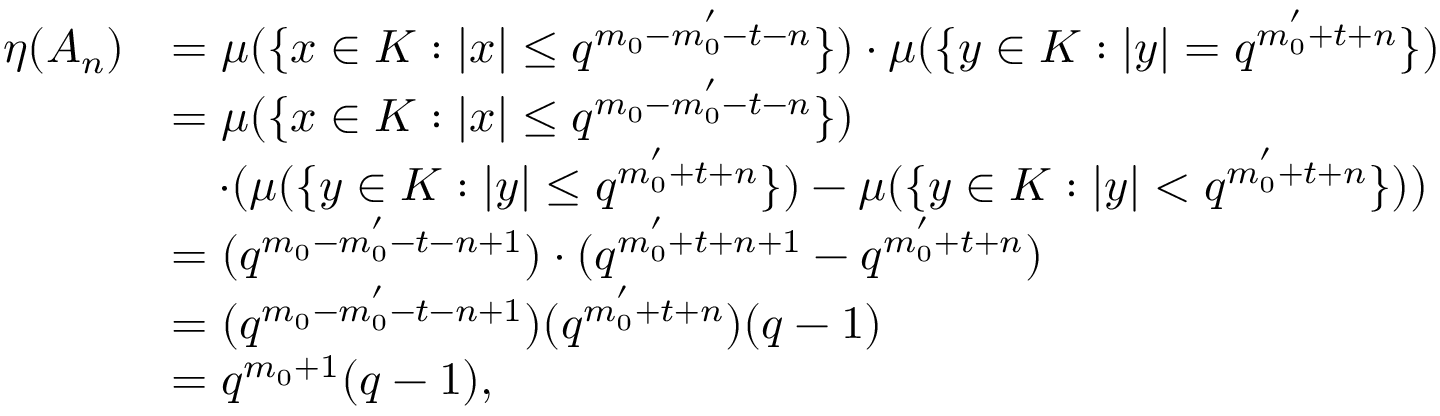
\begin{array} { r l } { \eta ( A _ { n } ) } & { = \mu ( \{ x \in K : | x | \leq q ^ { m _ { 0 } - m _ { 0 } ^ { ' } - t - n } \} ) \cdot \mu ( \{ y \in K : | y | = q ^ { m _ { 0 } ^ { ' } + t + n } \} ) } \\ & { = \mu ( \{ x \in K : | x | \leq q ^ { m _ { 0 } - m _ { 0 } ^ { ' } - t - n } \} ) } \\ & { \ \ \ \cdot ( \mu ( \{ y \in K : | y | \leq q ^ { m _ { 0 } ^ { ' } + t + n } \} ) - \mu ( \{ y \in K : | y | < q ^ { m _ { 0 } ^ { ' } + t + n } \} ) ) } \\ & { = ( q ^ { m _ { 0 } - m _ { 0 } ^ { ' } - t - n + 1 } ) \cdot ( q ^ { m _ { 0 } ^ { ' } + t + n + 1 } - q ^ { m _ { 0 } ^ { ' } + t + n } ) } \\ & { = ( q ^ { m _ { 0 } - m _ { 0 } ^ { ' } - t - n + 1 } ) ( q ^ { m _ { 0 } ^ { ' } + t + n } ) ( q - 1 ) } \\ & { = q ^ { m _ { 0 } + 1 } ( q - 1 ) , } \end{array}